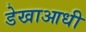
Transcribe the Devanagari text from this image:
डेखाआधी